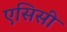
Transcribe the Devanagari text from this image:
एसिसी